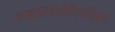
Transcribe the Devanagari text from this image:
शाइज़टोसोमिएसिस